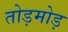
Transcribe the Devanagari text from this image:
तोड़मोड़